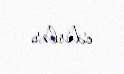
edirlər.